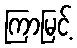
ကြာမြင့်